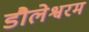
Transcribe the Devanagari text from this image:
डौलेश्वरम